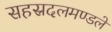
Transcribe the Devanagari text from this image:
सहस्रदलमण्डले